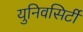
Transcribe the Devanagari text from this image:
युनिवसिर्टी